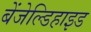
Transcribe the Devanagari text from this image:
बेंजेल्डिहाइड